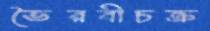
ভৈরবীচক্র